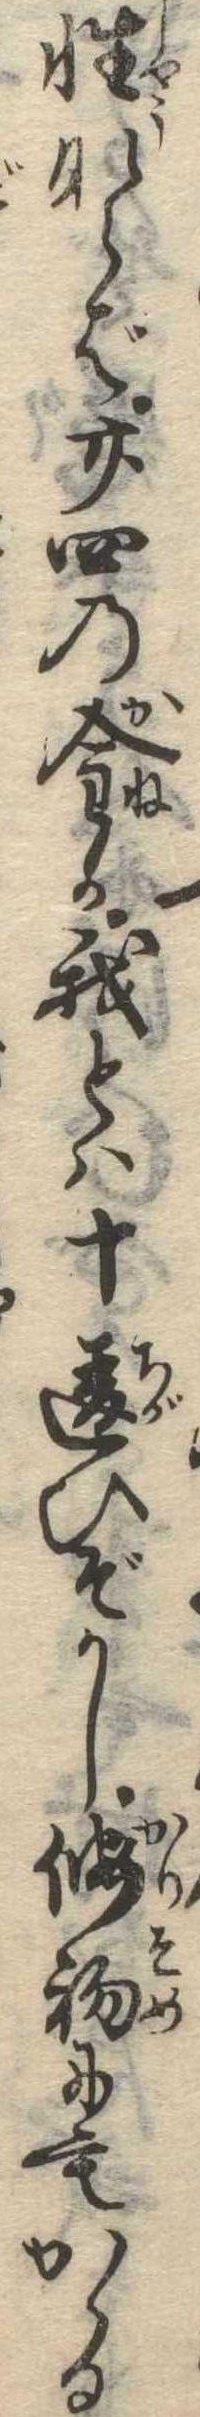
性ならば廿四の金か我とは十違ひぞかし仮初にもかゝる